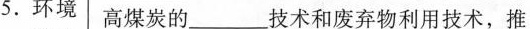
5.环境 高煤炭的___技术和废弃物利用技术，推